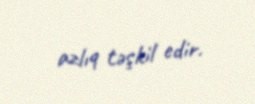
azlıq təşkil edir.